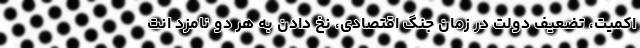
اکمیت، تضعیف دولت در زمان جنگ اقتصادی، نخ دادن به هر دو نامزد انت